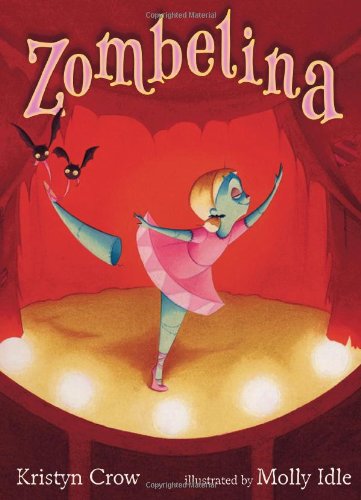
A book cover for Zombelina; Kristyn Crow; Children's Books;